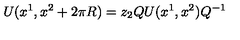
U ( x ^ { 1 } , x ^ { 2 } + 2 \pi R ) = z _ { 2 } Q U ( x ^ { 1 } , x ^ { 2 } ) Q ^ { - 1 }